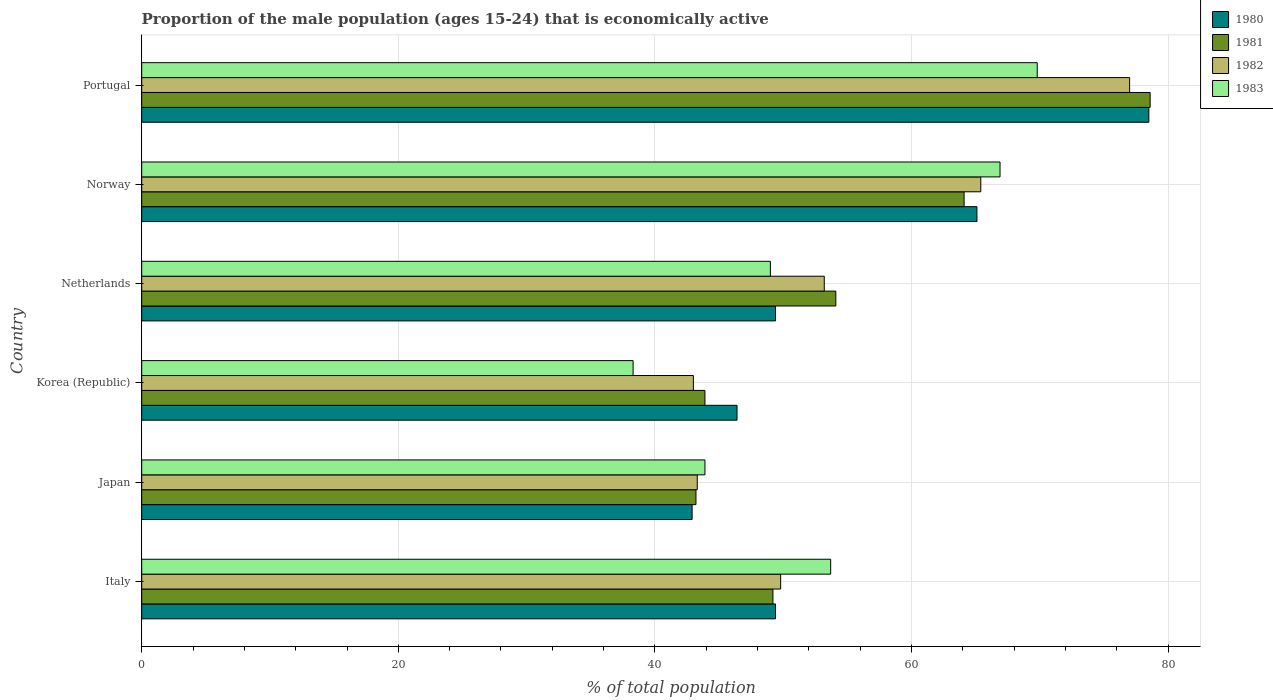
| Country | 1980 | 1981 | 1982 | 1983 |
 | --- | --- | --- | --- | --- |
 | Italy | 49.4 | 49.2 | 49.8 | 53.7 |
 | Japan | 42.9 | 43.2 | 43.3 | 43.9 |
 | Korea (Republic) | 46.4 | 43.9 | 43 | 38.3 |
 | Netherlands | 49.4 | 54.1 | 53.2 | 49 |
 | Norway | 65.1 | 64.1 | 65.4 | 66.9 |
 | Portugal | 78.5 | 78.6 | 77 | 69.8 |